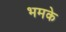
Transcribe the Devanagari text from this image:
भमके